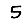
Digit: 5